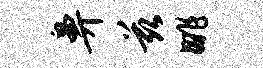
鼻兹眺